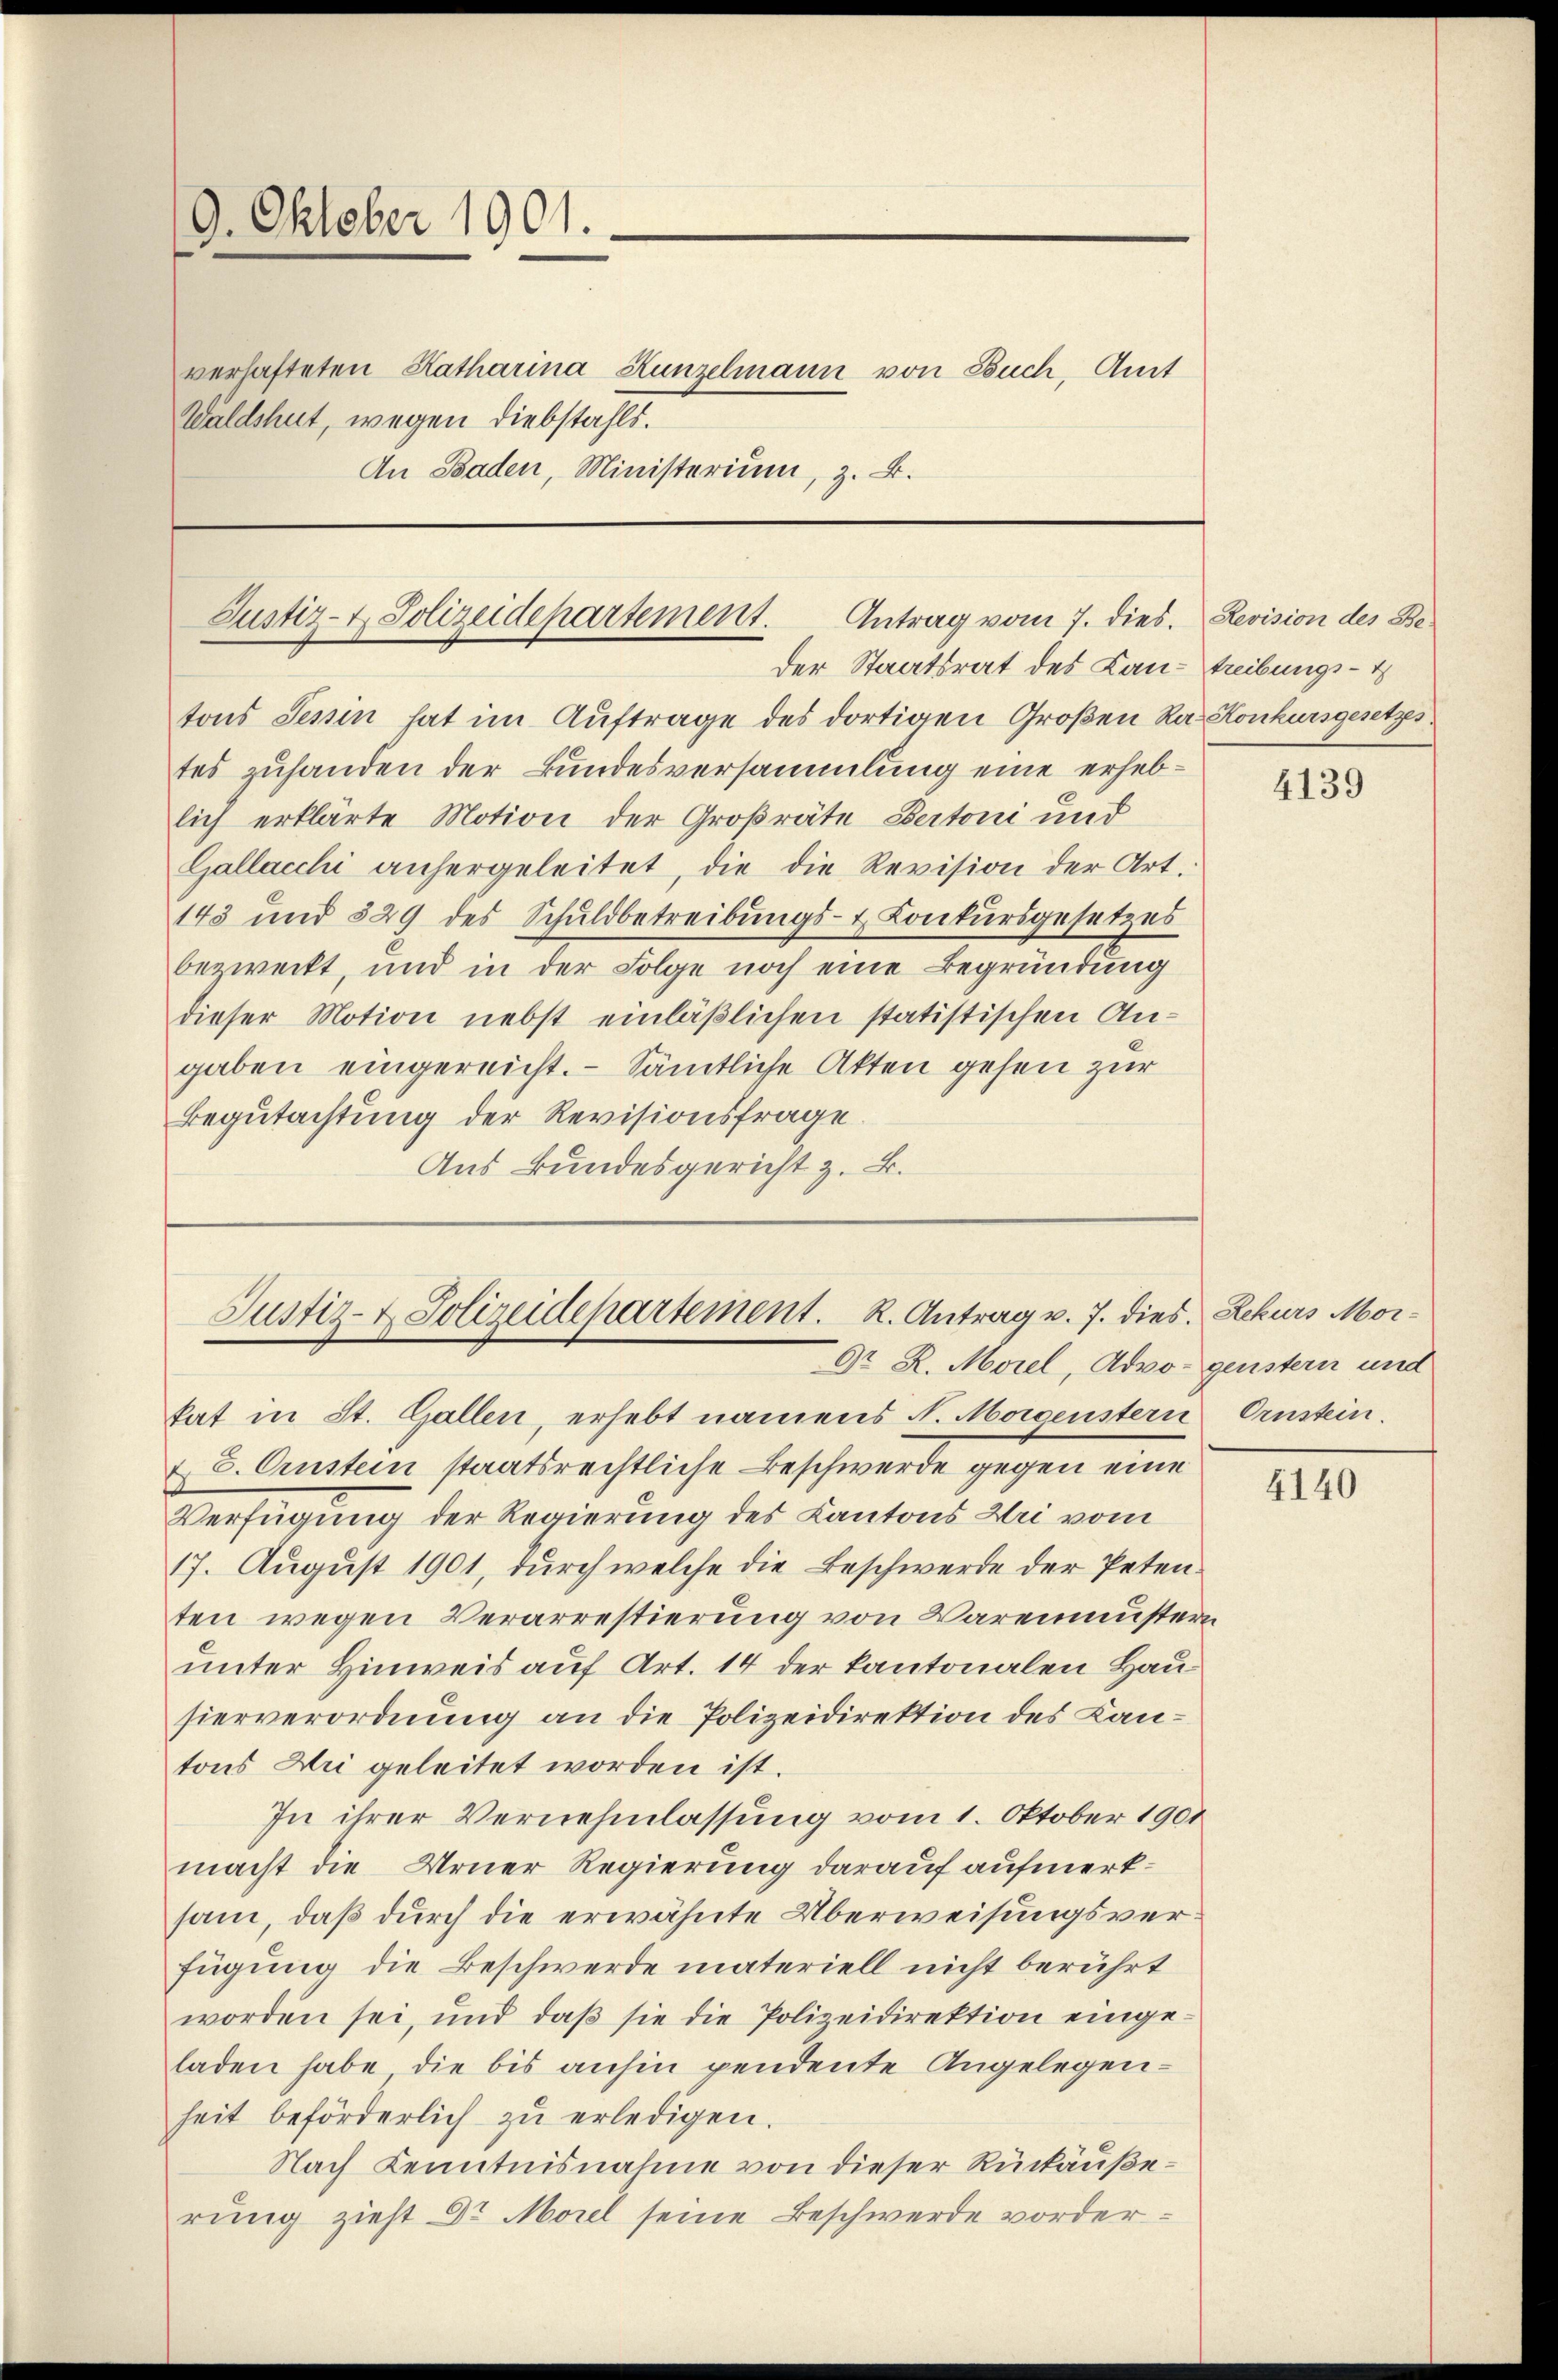
9. Oktober 1901.
verhafteten Katharina Kunzelmann von Buch, Amt
Waldshut, wegen diebstahls.
An Baden, Ministerium, z. B.

Justiz- & Polizeidepartement.
Antrag vom 7. dies.
der Staatsrat des Lan-treibungs- &

tons Tessin hat im Auftrage des dortigen Großen Rat Konkursgesetzs
tes zuhanden der Bundesversammlung eine erheblich erklärte Motion der Großräte Bertoni und
Gallacchi anhergeleitet, die die Revision der Art.
143 und 529 des Schuldbetreibŭngs- & Conkursgesetzes
bezweckt, und in der Folge noch eine Begründung
dieser Motion nebst einläßlichen statistischen Angaben eingereicht. Sämtliche Akten gehen zur
Begutachtung der Revisionsfrage
Aus Bundesgericht z. B.

Justiz- & Polizeidepartement. K. Antrag v. 7. dies
Dr. R. Morel, Advo-genstern und

kat in St. Gallen, erhebt namens N. Morgenstern Ernstein.
& 6. Austein staatsrechtliche Beschwerde gegen eine
Verfügung der Regierung des Kantons Uri vom
17. August 1901, durch welche die Beschwerde der Petenten wegen Verarrestierung von Warenmustern
unter Hinweis auf Art. 14 der kantonalen Hauhierverordnung an die Polizeidirektion des Kantons Wei geleitet worden ist.
In ihrer Vernehmlassung vom 1. Oktober 1901
macht die Urner Regierung darauf aufmerksam, daß durch die erwähnte Überweisungsverfügung die Beschwerde materiell nicht berührt
worden sei, und daß sie die Polizeidirektion eingeladen habe, die bis anhin pendente Angelegenheit beförderlich zŭ erledigen.
Nach Kenntnisnahme von dieser Rückäußerung zieht Dr Morel seine Beschwerde vorder¬

Revision des Be-

4139

Rekurs Mor¬
1.

4140